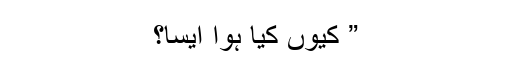
” کیوں کیا ہوا ایسا؟